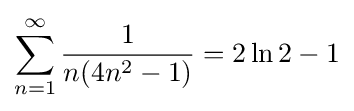
\sum _{n=1}^{\infty }{\frac {1}{n(4n^{2}-1)}}=2\ln 2-1